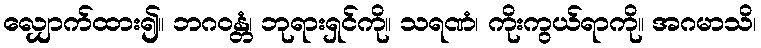
လျှောက်ထား၍။ ဘဂဝန္တံ၊ ဘုရားရှင်ကို။ သရဏံ၊ ကိုးကွယ်ရာကို။ အဂမာသိ၊